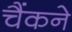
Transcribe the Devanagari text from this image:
चैंकने